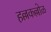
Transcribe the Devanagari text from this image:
हल्लकल्लोळ